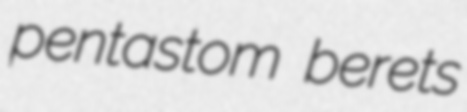
pentastom berets